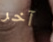
آخر